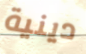
دينية